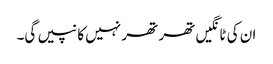
ان کی ٹانگیں تھر تھر نہیں کانپیں گی۔